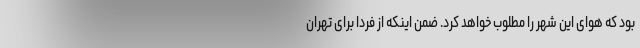
بود که هوای این شهر را مطلوب خواهد کرد. ضمن اینکه از فردا برای تهران